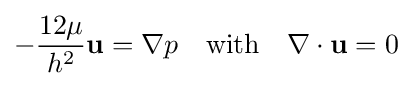
-{\frac {12\mu }{h^{2}}}\mathbf {u} =\nabla p\quad {\text{with}}\quad \nabla \cdot \mathbf {u} =0